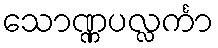
သောဏ္ဏပလ္လင်္ကာ